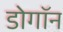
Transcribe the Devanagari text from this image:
डोगॉन